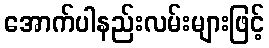
အောက်ပါနည်းလမ်းများဖြင့်